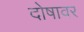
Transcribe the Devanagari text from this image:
दोषावर